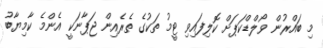
މި ބައްރުން ވޯލްޑްކަޕަށް ކޮލިފައިވި ޓީމު ތަކުގެ ތެރެއިން ޖަޕާނަކީ އެންމެ ކާމިޔާބު